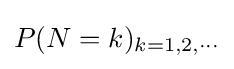
P(N=k)_{k=1,2,\cdots }